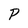
Character: P